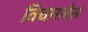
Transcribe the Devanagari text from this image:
विचारलेस